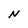
Character: N